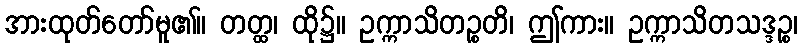
အားထုတ်တော်မူ၏။ တတ္ထ၊ ထို၌။ ဥက္ကာသိတဉ္စတိ၊ ဤကား။ ဥက္ကာသိတသဒ္ဒဉ္စ၊